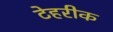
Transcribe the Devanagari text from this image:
टेहरीक